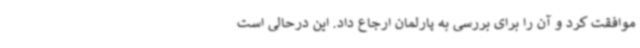
موافقت کرد و آن را برای بررسی به پارلمان ارجاع داد. این درحالی است